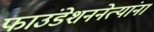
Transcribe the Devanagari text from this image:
फाउंडेशननेत्यांना